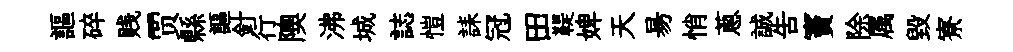
謳碎贱贾縣謳針行隩沸城誌愷誄冠田鞮婢天昜悄蔥誠告竇除属毁寮